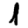
Digit: 1